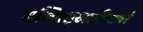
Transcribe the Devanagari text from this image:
सच्चित्सुखाभीष्टवरं